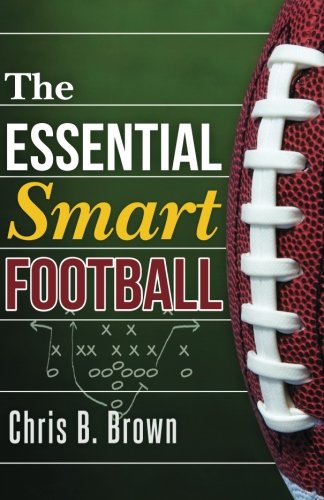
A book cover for The Essential Smart Football; Chris B. Brown; Sports & Outdoors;